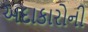
અદાકારોની